Medical and sanitary report of the native army of Madras for the year
Year: 1875
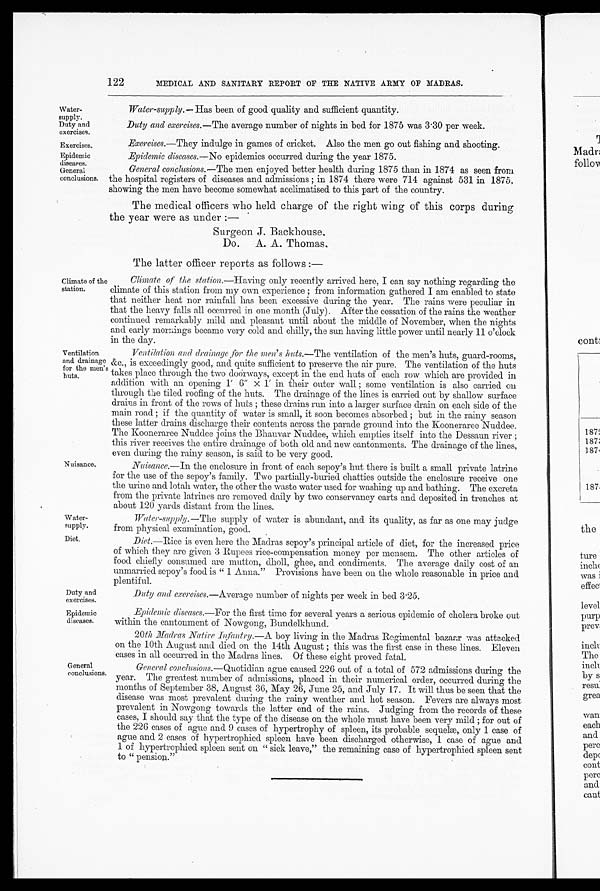
Water
-supply.
Duty and
exercises.
Exercises.
Epidemic
diseases.
General
conclusions.
Water
-supply.
Diet.
Duty and
exercises.
Epidemic
diseases.
122
MEDICAL AND SANITARY REPORT OF THE NATIVE ARMY OF MADRAS.
Water-supply.— Has been of good quality and sufficient quantity.
Duty and exercises.— The average number of nights in bed for 1875 was 3.30 per week.
Exercises.— They indulge in games of cricket. Also the men go out fishing and shooting.
Epidemic diseases.— No epidemics occurred during the year 1875.
General conclusions.— The men enjoyed better health during 1875 than in 1874 as seen from
the hospital registers of diseases and admissions; in 1874 there were 714 against 531 in 1875,
showing the men have become somewhat acclimatised to this part of the country.
The medical officers who held charge of the right wing of this corps during
the year were as under :—
Surgeon J. Backhouse,
D o . A . A . T h o m a s ,
The latter officer reports as follows :—
Climate of the
station.
Ventilation
and drainage
for the men's huts.
Climate of the station .—Having only recently arrived here, I can say nothing regarding the
climate of this station from my own experience; from information gathered I am enabled to state
that neither heat nor rainfall has been excessive during the year. The rains were peculiar in
that the heavy falls all occurred in one month (July). After the cessation of the rains the weather
continued remarkably mild and pleasant until about the middle of November, when the nights
and early mornings became very cold and chilly, the sun having little power until nearly 11 o'clock
in the day.
Ventilation and drainage ,for the men's huts.— The ventilation of the men's huts, guard-rooms,
&c., is exceedingly good, and quite sufficient to preserve the air pure. The ventilation of the huts
takes place through the two doorways, except in the end huts of each row which are provided in
addition with an opening 1' 6" x 1' in their outer wall; some ventilation is also carried on
through the tiled roofing of the huts. The drainage of the lines is carried out by shallow surface
drains in front of the rows of huts; these drains run into a larger surface drain on each side of the
main road; if the quantity of water is small, it soon becomes absorbed; but in the rainy season
these latter drains discharge their contents across the parade ground into the Kooneraree Nuddee.
The Kooneraree Nuddee joins the Bhauvar Nuddee, which empties itself into the Dessaun river;
this river receives the entire drainage of both old and new cantonments. The drainage of the lines,
even during the rainy season, is said to be very good.
Nuisance.
General
conclusions.
Nuisance.— In the enclosure in front of each sepoy's hut there is built a small private latrine
for the use of the sepoy's family. Two partially-buried chatties outside the enclosure receive one
the urine and lotah water, the other the waste water used for washing up and bathing. The excreta
from the private latrines are removed daily by two conservancy carts and deposited in trenches at
about 120 yards distant from the lines.
Water-supply.—
The supply of water is abundant, and its quality, as far as one may judge
from physical examination, good.
Diet .—Rice is even here the Madras sepoy's principal article of diet, for the increased price
of which they are given 3 Rupees rice-compensation money per mensem. The other articles of
food chiefly consumed are mutton, dholl, ghee, and condiments. The average daily cost of an
unmarried sepoy's food is "1 Anna." Provisions have been on the whole reasonable in price and
plentiful.
Duty and exercises.— Average number of nights per week in bed 3.25.
Epidemic diseases.— For the first time for several years a serious epidemic of cholera broke out
within the cantonment of Nowgong, Bundelkhund.
20th Madras Native Infantry.— A boy living in the Madras Regimental bazaar was attacked
on the 10th August and died on the 14th August; this was the first case in these lines. Eleven
cases in all occurred in the Madras lines. Of these eight proved fatal.
General conclusions .—Quotidian ague caused 226 out of a total of 572 admissions during the
year. The greatest number of admissions, placed in their numerical order, occurred during the
months of September 38, August 36, May 26, June 25, and July 17. It will thus be seen that the
disease was most prevalent during the rainy weather and hot season. Fevers are always most
prevalent in Nowgong towards the latter end of the rains. Judging from the records of these
cases, I should say that the type of the disease on the whole must have been very mild; for out of
the 226 cases of ague and 9 cases of hypertrophy of spleen, its probable sequelæ, only 1 case of
ague and 2 cases of hypertrophied spleen have been discharged otherwise, 1 case of ague and
1 of hypertrophied spleen sent on "sick leave," the remaining case of hypertrophied spleen sent
to "pension."